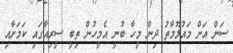
ސަން އަށް މައުލޫމާތު ދިން މީހާ ބުނީ އެމީހުން ތިބީ ސީރިއާގައި ކަމަށާއި